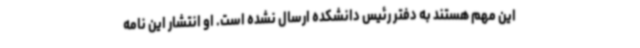
این مهم هستند به دفتر رئیس دانشکده ارسال نشده است. او انتشار این نامه